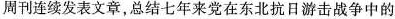
周刊连续发表文章，总结七年来党在东北抗日游击战争中的